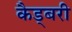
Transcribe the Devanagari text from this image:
कैड्बरी